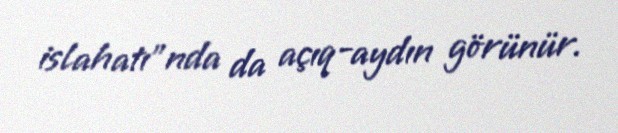
islahatı”nda da açıq-aydın görünür.